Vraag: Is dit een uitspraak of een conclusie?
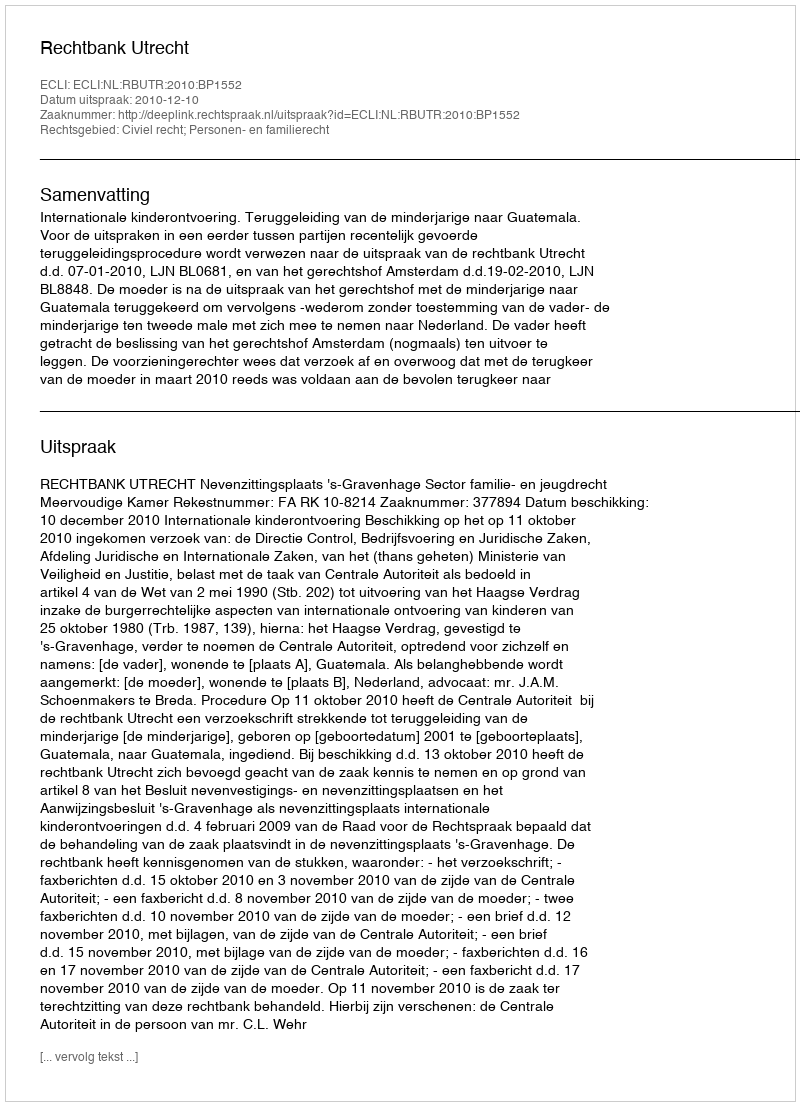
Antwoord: Uitspraak